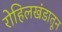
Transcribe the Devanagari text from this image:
रोहिलखंडातून